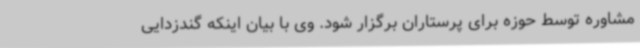
مشاوره توسط حوزه برای پرستاران برگزار شود. وی با بیان اینکه گندزدایی